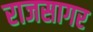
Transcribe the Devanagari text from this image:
राजसागर